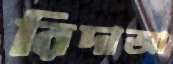
রিদাআ